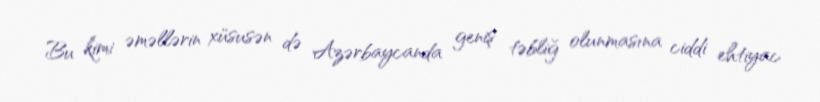
Bu kimi əməllərin xüsusən də Azərbaycanda geniş təbliğ olunmasına ciddi ehtiyac